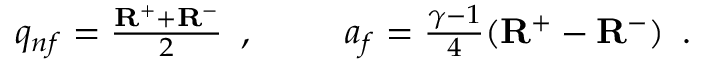
\begin{array} { r l r } { q _ { n f } = \frac { \mathbf { R } ^ { + } + \mathbf { R } ^ { - } } { 2 } \, \mathrm { ~ , ~ } } & { { } \ } & { a _ { f } = \frac { \gamma - 1 } { 4 } ( \mathbf { R } ^ { + } - \mathbf { R } ^ { - } ) \, \mathrm { ~ . ~ } } \end{array}